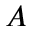
\boldsymbol { A }